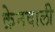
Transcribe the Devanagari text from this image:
क्रेनवाली